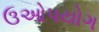
ઉઓપયોગ